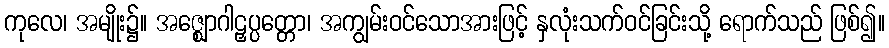
ကုလေ၊ အမျိုး၌။ အဇ္ဈောဂါဠှပ္ပတ္တော၊ အကျွမ်းဝင်သောအားဖြင့် နှလုံးသက်ဝင်ခြင်းသို့ ရောက်သည် ဖြစ်၍။